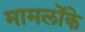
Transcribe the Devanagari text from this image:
मामलोंके